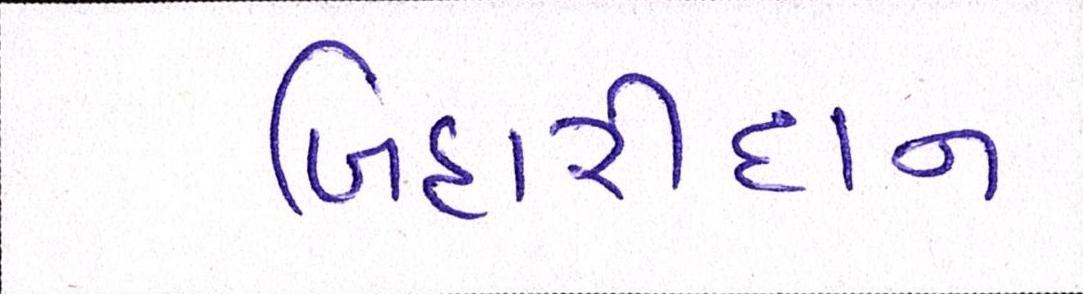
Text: બિહારીદાન